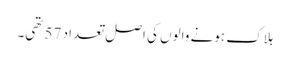
ہلاک ہونے والوں کی اصل تعداد 57 تھی۔